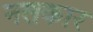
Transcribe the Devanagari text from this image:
नलकार